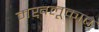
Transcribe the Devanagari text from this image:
मख़लूकात